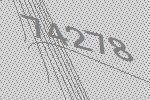
74278